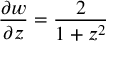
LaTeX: \frac { \partial w } { \partial z } = \frac { 2 } { 1 + z ^ { 2 } }